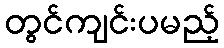
တွင်ကျင်းပမည့်